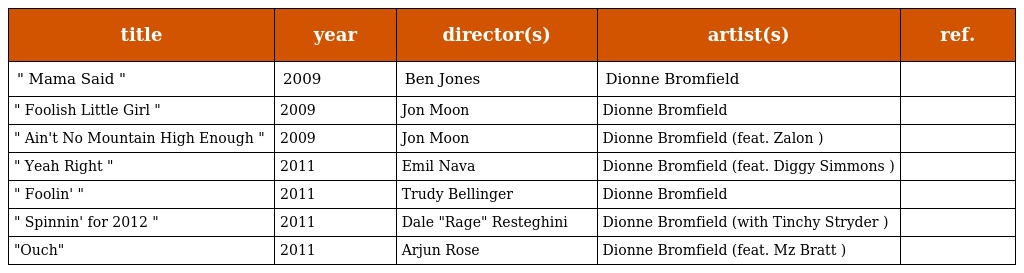
| title | year | director(s) | artist(s) | ref. |
 | --- | --- | --- | --- | --- |
 | " Mama Said " | 2009 | Ben Jones | Dionne Bromfield |  |
 | " Foolish Little Girl " | 2009 | Jon Moon | Dionne Bromfield |  |
 | " Ain't No Mountain High Enough " | 2009 | Jon Moon | Dionne Bromfield (feat. Zalon ) |  |
 | " Yeah Right " | 2011 | Emil Nava | Dionne Bromfield (feat. Diggy Simmons ) |  |
 | " Foolin' " | 2011 | Trudy Bellinger | Dionne Bromfield |  |
 | " Spinnin' for 2012 " | 2011 | Dale "Rage" Resteghini | Dionne Bromfield (with Tinchy Stryder ) |  |
 | "Ouch" | 2011 | Arjun Rose | Dionne Bromfield (feat. Mz Bratt ) |  |